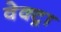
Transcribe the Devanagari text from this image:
वेक्ट्रा